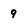
Character: 9